Lunatic asylums Bombay report 1891-1903 - 1891-1903
Year: 1891
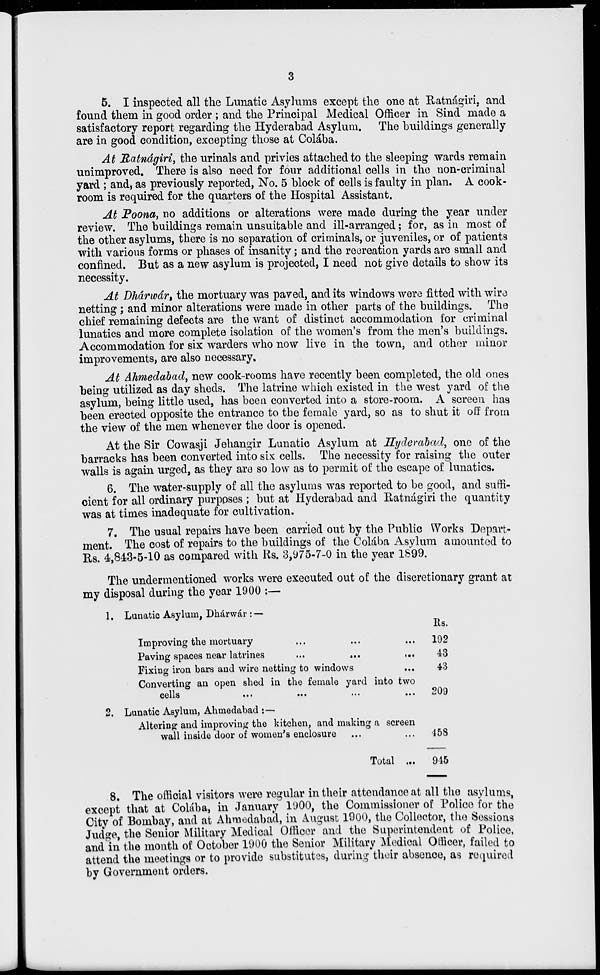
3
5. I inspected all the Lunatic Asylums except the one at Ratnágiri, and
found them in good order ; and the Principal Medical Officer in Sind made a
satisfactory report regarding the Hyderabad Asylum. The buildings generally
are in good condition, excepting those at Colába.
At Ratnágiri, the urinals and privies attached to the sleeping wards remain
unimproved. There is also need for four additional cells in the non-criminal
yard ; and, as previously reported, No. 5 block of cells is faulty in plan, A cook-
room is required for the quarters of the Hospital Assistant.
At Poona, no additions or alterations were made during the year under
review. The buildings remain unsuitable and ill-arranged ; for , as in most of
the other asylums, there is no separation of criminals, or juveniles, or of patients
with various forms or phases of insanity; and the recreation yards are small and
confined. But as a new asylum is projected, I need not give details to show its
necessity.
At Dhárwár, the mortuary was paved, and its windows were fitted with wire
netting ; and minor alterations were made in other parts of the buildings. The
chief remaining defects are the want of distinct accommodation for criminal
lunatics and more complete isolation of the women's from the men's buildings.
Accommodation for six warders who now live in the town, and other minor
improvements, are also necessary.
At Ahmedabad, new cook-rooms have recently been completed, the old ones
being utilized as day sheds. The latrine which existed in the west yard of the
asylum, being little used, has been converted into a store-room. A screen has
been erected opposite the entrance to the female yard, so as to shut it off from
the view of the men whenever the door is opened.
At the Sir Cowasji Jehangir Lunatic Asylum at Hyderabad, one of the
barracks has been converted into six cells. The necessity for raising the outer
walls is again urged, as they are so low as to permit of the escape of lunatics.
6. The water-supply of all the asylums was reported to be good, and suffi-
cient for all ordinary purposes ; but at Hyderabad and Ratnágiri the quantity
was at times inadequate for cultivation.
7. The usual repairs have been carried out by the Public Works Depart-
ment. The cost of repairs to the buildings of the Colába Asylum amounted to
Rs. 4,843-5-10 as compared with Rs. 3,975-7-0 in the year 1899.
The undermentioned works were executed out of the discretionary grant at
my disposal during the year 1900 :—
1. Lunatic Asylum, Dhárwár : —
Improving the mortuary ... ... ...
Paving spaces near latrines ... ... ...
Fixing iron bars and wire netting to windows ...
Converting an open shed in the female yard into two
cells
...
...
...
...
2. Lunatic Asylum, Ahmedabad :—
Altering and improving the kitchen, and making a screen
wall inside door of women's enclosure ... ...
Total ...
Rs.
192
43
43
209
458
945
8. The official visitors were regular in their attendance at all the asylums,
except that at Colába, in January 1900, the Commissioner of Police for the
City of Bombay, and at Ahmedabad, in August 1900, the Collector, the Sessions
Judge, the Senior Military Medical Officer and the Superintendent of Police,
and in the month of October 1900 the Senior Military Medical Officer, failed to
attend the meetings or to provide substitutes, during their absence, as required
by Government orders.